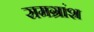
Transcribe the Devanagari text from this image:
समग्रांश